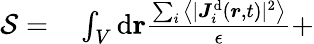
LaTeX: \begin{array}{rl}{{\mathcal{S}}=}&{{}\int_{V}\mathrm{d}\mathbf{{\boldsymbol{r}}}\frac{\sum_{i}\big\langle\vert{{\boldsymbol{J}}}_{i}^{\mathrm{d}}({\boldsymbol{r}},t)\vert^{2}\big\rangle}{\epsilon}+}\end{array}